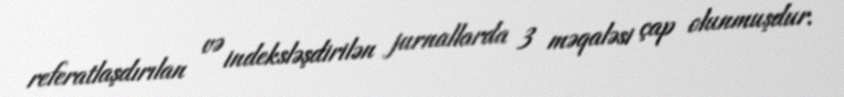
referatlaşdırılan və indeksləşdirilən jurnallarda 3 məqaləsi çap olunmuşdur.